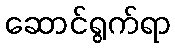
ဆောင်ရွက်ရာ